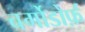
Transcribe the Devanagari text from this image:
बर्गोडोर्फ़